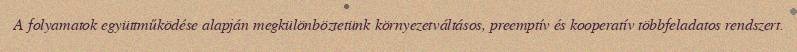
A folyamatok együttműködése alapján megkülönböztetünk környezetváltásos, preemptív és kooperatív többfeladatos rendszert.